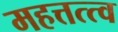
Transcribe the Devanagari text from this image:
महत्तत्त्व